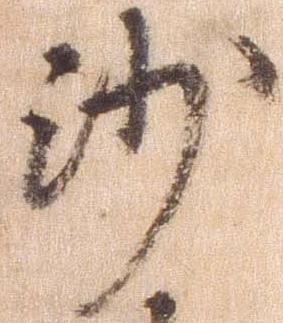
沙